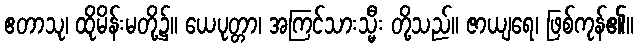
ဧတာသု၊ ထိုမိန်းမတို့၌။ ယေပုတ္တာ၊ အကြင်သားသ္မီး တို့သည်။ ဇာယျရေ၊ ဖြစ်ကုန်၏။